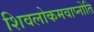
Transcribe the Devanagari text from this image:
शिवलोकमवाप्नोति